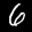
Label: 6